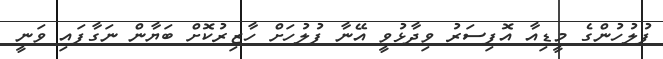
ފުލުހުންގެ މީޑިއާ އޮފިސަރު ވިދާޅުވީ އޭނާ ފުލުހަށް ހާޒިރުކޮށް ބަޔާން ނަގާފައި ވަނީ